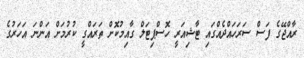
ރާއްޖޭގެ ފަސް ސަރަހައްދެއްގައި ޓާޝިއަރީ ހޮސްޕިޓަލް ގާއިމުކޮށް ތަރައްގީ ކުރުމަށް އަންނަ އަހަރުގެ